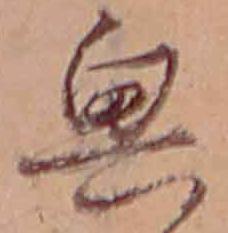
興